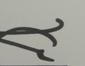
Signature authenticity: genuine